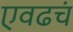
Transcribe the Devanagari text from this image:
एवढचं